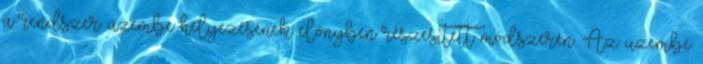
a rendszer üzembe helyezésének előnyben részesített módszerén. Az üzembe